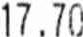
17.70